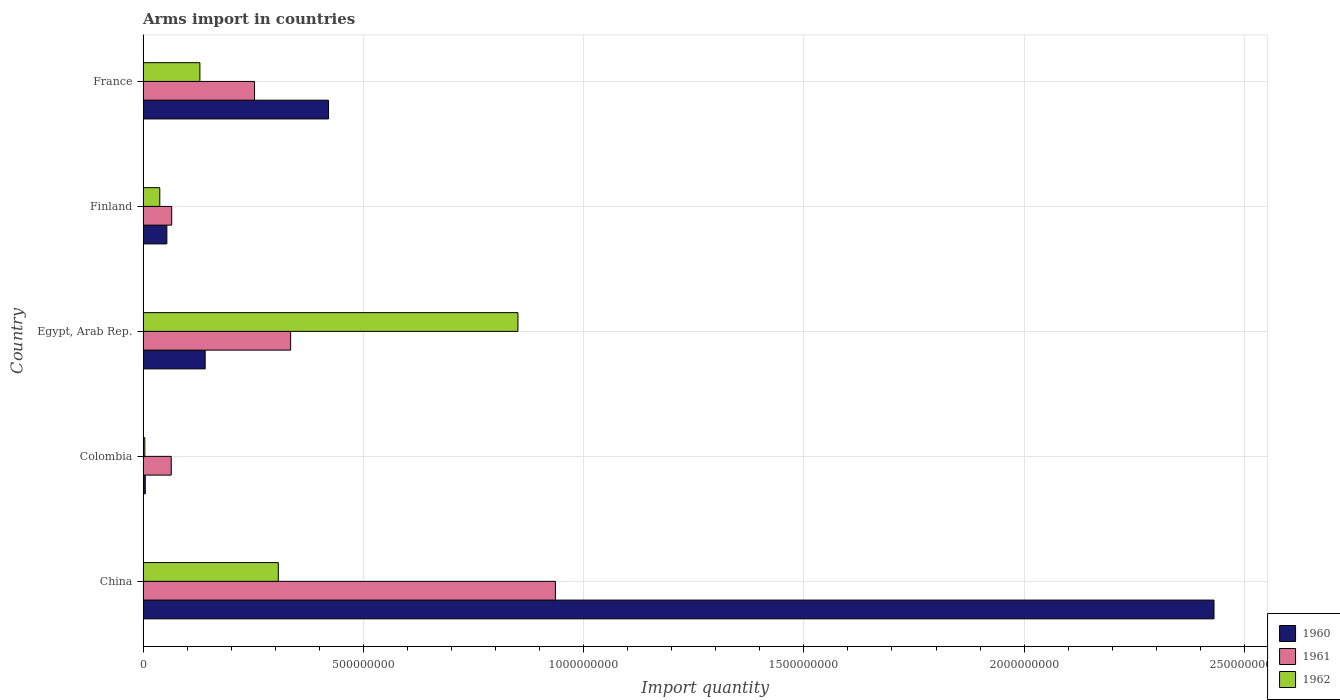
| Country | 1960 | 1961 | 1962 |
 | --- | --- | --- | --- |
 | China | 2.43e+09 | 9.36e+08 | 3.07e+08 |
 | Colombia | 5e+06 | 6.4e+07 | 4e+06 |
 | Egypt, Arab Rep. | 1.41e+08 | 3.35e+08 | 8.51e+08 |
 | Finland | 5.4e+07 | 6.5e+07 | 3.8e+07 |
 | France | 4.21e+08 | 2.53e+08 | 1.29e+08 |